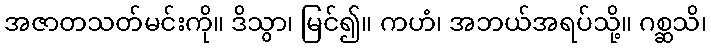
အဇာတသတ်မင်းကို။ ဒိသွာ၊ မြင်၍။ ကဟံ၊ အဘယ်အရပ်သို့။ ဂစ္ဆသိ၊